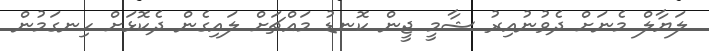
ލަޔާލް މެނަށް ދެވުނުއިރު ޝާމީ ޖީން ކޮނޑު މައްޗަށް ލައިގެން ދެކޮޅަށް ހިނގަމުން